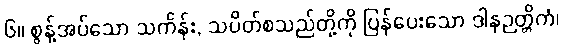
၆။ စွန့်အပ်သော သင်္ကန်း, သပိတ်စသည်တို့ကို ပြန်ပေးသော ဒါနဉတ္တိကံ၊